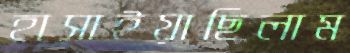
হাসাইয়াছিলাম